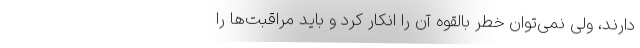
دارند، ولی نمی‌توان خطر بالقوه آن را انکار کرد و باید مراقبت‌ها را